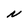
Character: N